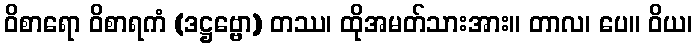
ဝိစာရော ဝိစာရကံ (ဒဋ္ဌဗ္ဗော) တဿ၊ ထိုအမတ်သားအား။ တာလ၊ ပေ။ ဝိယ၊